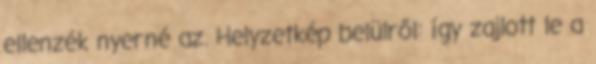
ellenzék nyerné az. Helyzetkép belülről: így zajlott le a